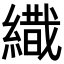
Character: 𦄩